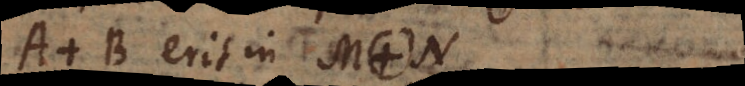
. B erit in M. N.